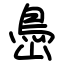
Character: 㠀